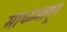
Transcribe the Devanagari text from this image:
माध्य्मातून